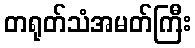
တရုတ်သံအမတ်ကြီး